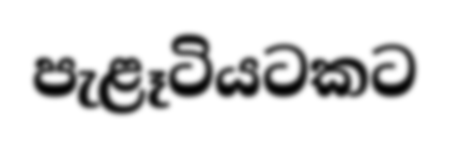
පැළෑටියටකට